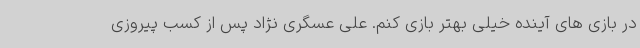
در بازی های آینده خیلی بهتر بازی کنم. علی عسگری نژاد پس از کسب پیروزی